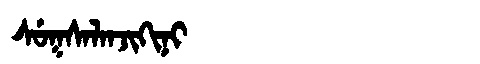
Manchu: ᠰᡠᡴᠰᠠᠯᠠᠨᠵᡳᡴᡳᠨᡳ
Romanization: SUKSALANJIKINI